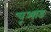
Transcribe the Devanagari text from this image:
चूआड